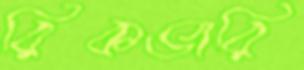
রিকভারি